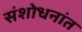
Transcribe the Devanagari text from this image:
संशोधनांत